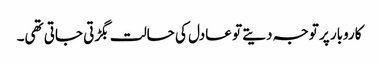
کاروبار پر توجہ دیتے تو عادل کی حالت بگڑتی جاتی تھی۔